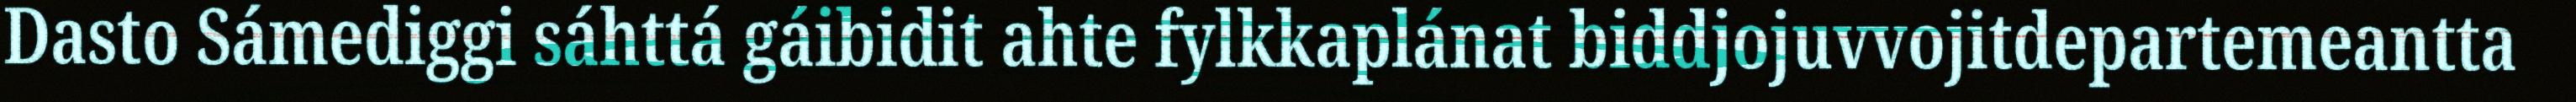
Dasto Sámediggi sáhttá gáibidit ahte fylkkaplánat biddjojuvvojitdepartemeantta